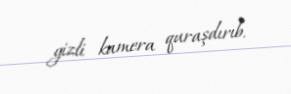
gizli kamera quraşdırıb.